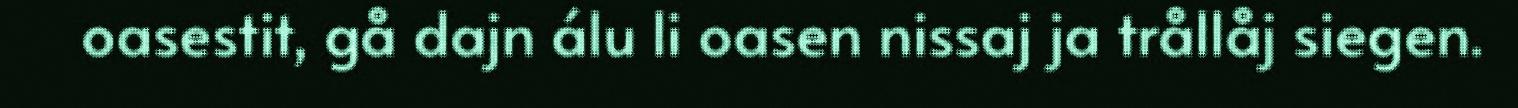
oasestit, gå dajn álu li oasen nissaj ja trållåj siegen.